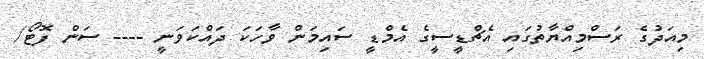
މިއަދުގެ ރަސްމިއްޔާތުގައި އެޗްޑީސީގެ އެމްޑީ ސައިމަން ވާހަކަ ދައްކަވަނީ ---- ސަން ފޮޓޯ/